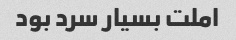
املت بسیار سرد بود